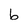
Character: b